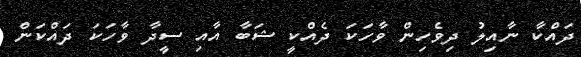
ދައްކާ ނާއިލު ދިވެހިން ވާހަކަ ދެއްކީ ޝަބާ އާއި ސީދާ ވާހަކަ ދައްކަން